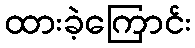
ထားခဲ့ကြောင်း